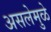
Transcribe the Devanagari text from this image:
असलेमुळे